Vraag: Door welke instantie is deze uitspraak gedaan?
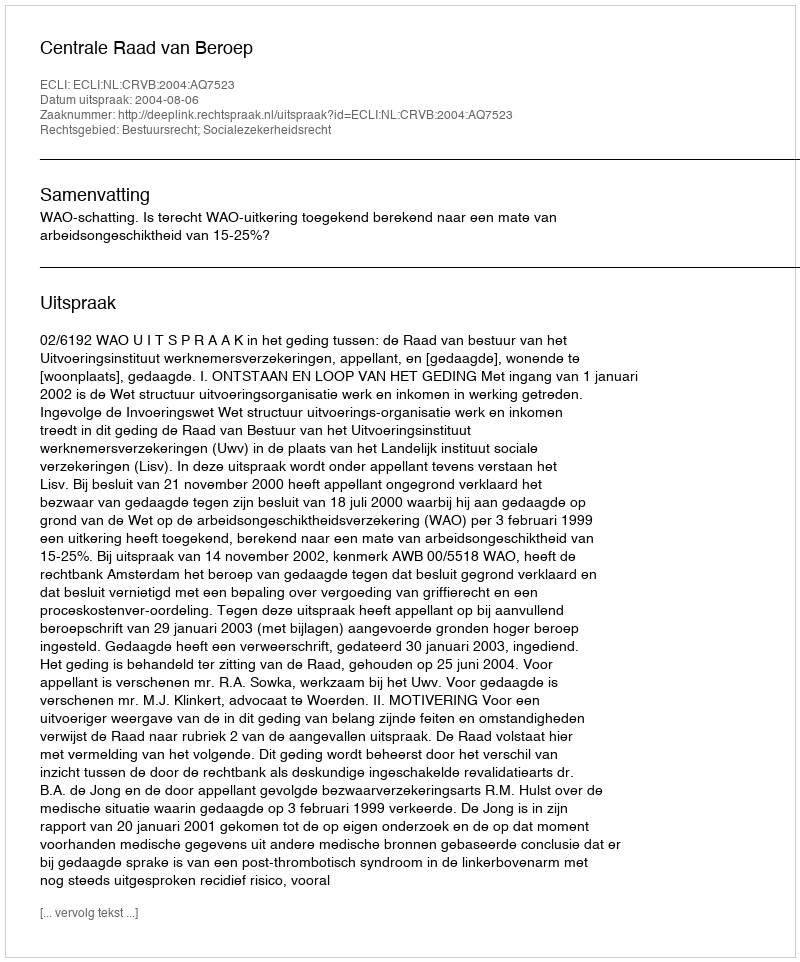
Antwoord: Centrale Raad van Beroep